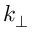
k _ { \perp }